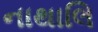
નાથાલિ